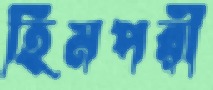
হিমপরী